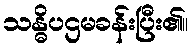
သန္ဓိပဌမခန်းပြီး၏။